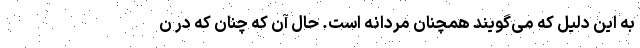
به این دلیل که می‌گویند همچنان مردانه است. حال آن که چنان که در ن